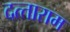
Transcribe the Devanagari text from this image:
दत्‍ताराम